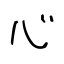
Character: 心